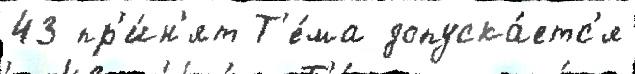
43 пр'и́н'ят Т'е́ма допуска́етс'я